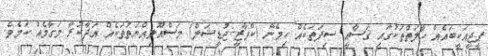
ޕީޖީއަކީބައެއް ހާލަތްތަކުގައި ޤަޟާއީ ސިފަތަކެއް ހިމެނޭ (ކްވާޒީ-ޖުޑީޝަލް) މަސްއޫލިއްޔަތުތަކެއް އަދާކުރާ މަގާމެއް ކަމެވެ.